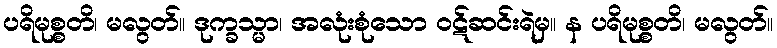
ပရိမုစ္စတိ၊ မလွတ်။ ဒုက္ခသ္မာ၊ အလုံးစုံသော ဝဋ်ဆင်းရဲမှ။ န ပရိမုစ္စတိ၊ မလွတ်။